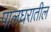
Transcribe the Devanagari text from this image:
पालघरातील